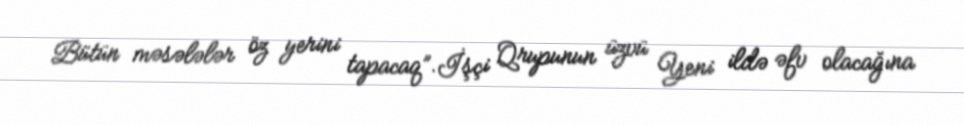
Bütün məsələlər öz yerini tapacaq”.İşçi Qrupunun üzvü Yeni ildə əfv olacağına